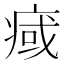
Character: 𤷇